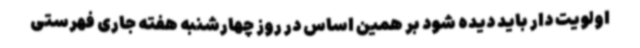
اولویت دار باید دیده شود بر همین اساس در روز چهارشنبه هفته جاری فهرستی